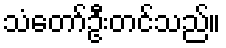
သံတော်ဦးတင်သည်။